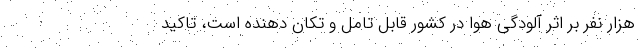
هزار نفر بر اثر آلودگی هوا در کشور قابل تامل و تکان دهنده است، تاکید